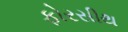
ફોરસીથ